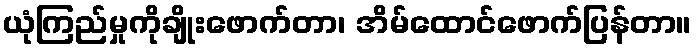
ယုံကြည်မှုကိုချိုးဖောက်တာ၊ အိမ်ထောင်ဖောက်ပြန်တာ။